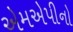
એમએપીનો